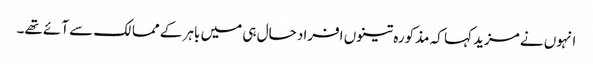
انہوں نے مزید کہا کہ مذکورہ تینوں افراد حال ہی میں باہر کے ممالک سے آئے تھے۔